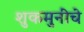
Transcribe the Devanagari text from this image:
शुकमुनींचे